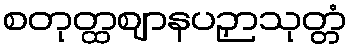
စတုတ္ထဈာနပဉှာသုတ္တံ